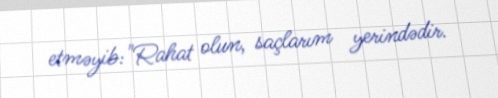
etməyib:"Rahat olun, saçlarım yerindədir.